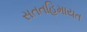
સતતહિમાયત